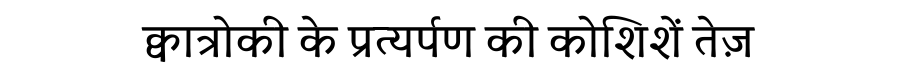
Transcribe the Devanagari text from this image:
क्वात्रोकी के प्रत्यर्पण की कोशिशें तेज़